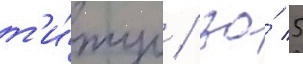
т'и́тул / за́ 5